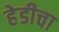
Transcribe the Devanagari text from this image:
हेडीचा